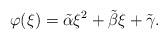
LaTeX: \begin{align*} \varphi ( \xi ) = \tilde \alpha \xi ^ 2 + \tilde \beta \xi + \tilde \gamma .\end{align*}